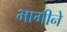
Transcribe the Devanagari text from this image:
भागीने